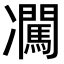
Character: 𪞰